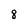
Character: 8